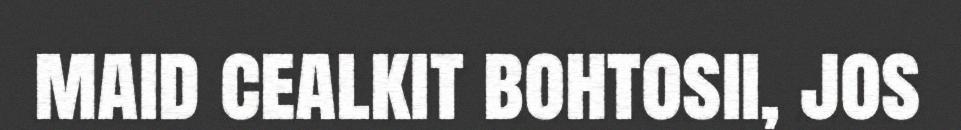
maid cealkit bohtosii, jos